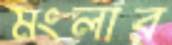
মংলার